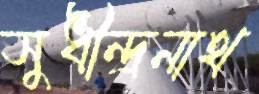
সুধীন্দ্রনাথ